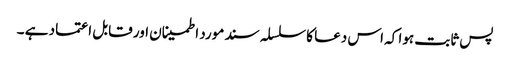
پس ثابت ہوا کہ اس دعا کا سلسلہ سند مورد اطمینان اور قابل اعتماد ہے ۔